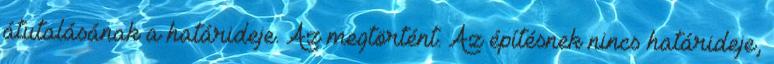
átutalásának a határideje. Az megtörtént. Az építésnek nincs határideje,